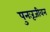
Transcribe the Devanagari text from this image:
पुनःरूजीवन